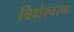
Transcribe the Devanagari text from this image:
बिक्षेश्वरन